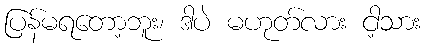
ပြန်မရတော့ဘူး၊ ဒါပဲ မဟုတ်လား ငါ့သား